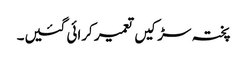
پختہ سڑکیں تعمیر کرائی گئیں۔